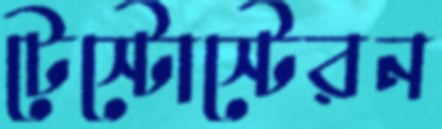
টেস্টোস্টেরন